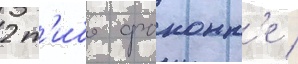
2 т'ибо фоконн'е /